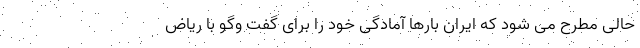
حالی مطرح می شود که ایران بارها آمادگی خود را برای گفت وگو با ریاض